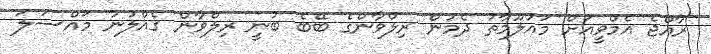
ރާއްޖެ އެމްވީއަށް މައުލޫމާތު ދެމުން ރިލްވާންގެ ބޭބެ ބުނީ ރިލްވާން ގެއްލުނު މައްސަލަ